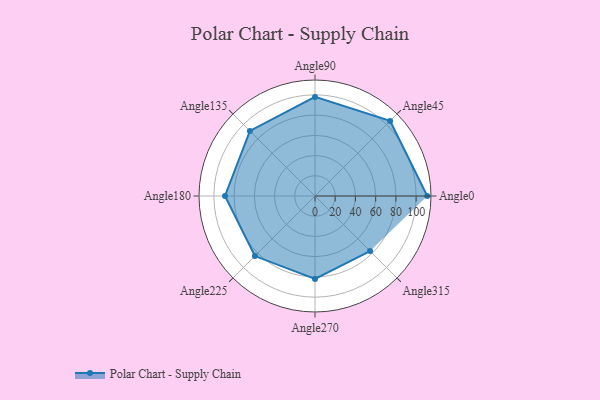
{"axis": {"x": "Angle", "y": "Radius"}, "legend": [""], "data": [{"x": "Angle0", "y": 111.0, "type": ""}, {"x": "Angle45", "y": 105.0, "type": ""}, {"x": "Angle90", "y": 98.0, "type": ""}, {"x": "Angle135", "y": 91.0, "type": ""}, {"x": "Angle180", "y": 89.0, "type": ""}, {"x": "Angle225", "y": 84.0, "type": ""}, {"x": "Angle270", "y": 82.0, "type": ""}, {"x": "Angle315", "y": 77.0, "type": ""}]}